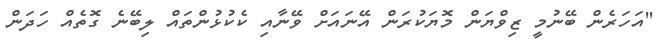
''އަހަރެން ބޭނުމީ ޒިވްޔަން މޮޔަކުރަން އޭނައަށް ވޭނާއި ކެކުޅުންތައް ލިބޭނެ ގޮތެއް ހަދަން